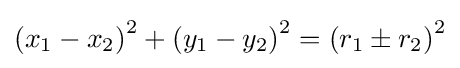
\left(x_{1}-x_{2}\right)^{2}+\left(y_{1}-y_{2}\right)^{2}=\left(r_{1}\pm r_{2}\right)^{2}